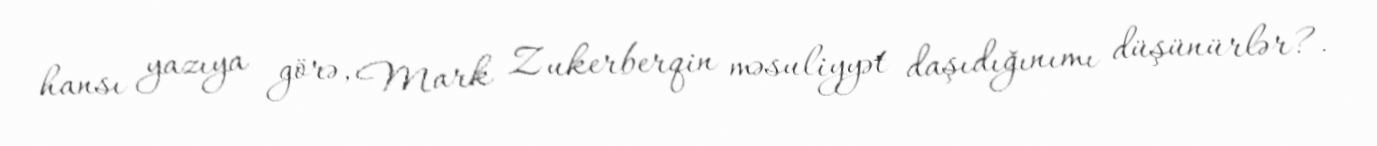
hansı yazıya görə, Mark Zukerberqin məsuliyyət daşıdığınımı düşünürlər?.